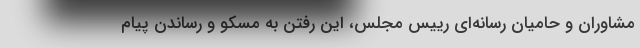
مشاوران و حامیان رسانه‌ای رییس مجلس، این رفتن به مسکو و رساندن پیام